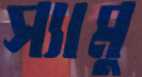
স্যামু